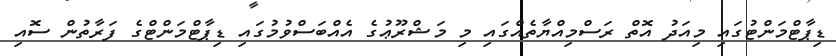
ޑިޕާޓްމަންޓުގައި މިއަދު އޮތް ރަސްމިއްޔާތެއްގައި މި މަޝްރޫޢުގެ އެއްބަސްވުމުގައި ޑިޕާޓްމަންޓްގެ ފަރާތުން ސޮއި